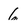
Character: 6